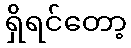
ရှိရင်တော့